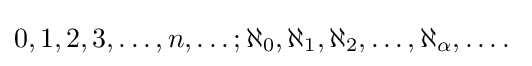
0,1,2,3,\ldots ,n,\ldots ;\aleph _{0},\aleph _{1},\aleph _{2},\ldots ,\aleph _{\alpha },\ldots .\